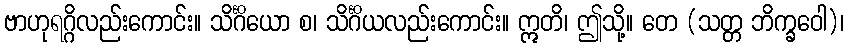
ဗာဟုရဂ္ဂိလည်းကောင်း။ သိင်္ဂိယော စ၊ သိင်္ဂိယလည်းကောင်း။ ဣတိ၊ ဤသို့။ တေ (သတ္တ ဘိက္ခဝေါ)၊